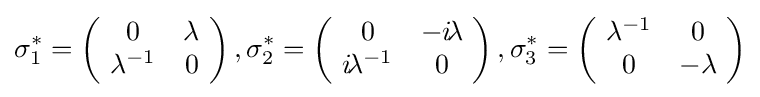
\sigma _{1}^{*}=\left(\!{\begin{array}{cc}0&\lambda \\\lambda ^{-1}&0\end{array}}\!\right),\sigma _{2}^{*}=\left(\!{\begin{array}{cc}0&-i\!\lambda \\i\!\lambda ^{-1}&0\end{array}}\!\right),\sigma _{3}^{*}=\left(\!{\begin{array}{cc}\lambda ^{-1}&0\\0&-\lambda \end{array}}\!\right)